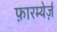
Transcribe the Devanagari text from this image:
फ़ारम्येर्ज़